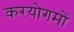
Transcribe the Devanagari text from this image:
करयोगमों